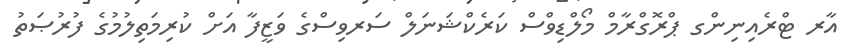
އާރ ޓްރެއިނިންގ ޕްރޮގްރާމް މޯލްޑިވްސް ކަރެކްޝަނަލް ސަރވިސްގެ ވަޒީފާ އަށް ކުރިމަތިލުމުގެ ފުރުޞަތު